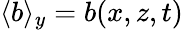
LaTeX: \langle b\rangle_{y}=b(x,z,t)